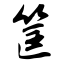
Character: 筐